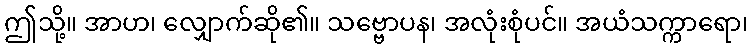
ဤသို့။ အာဟ၊ လျှောက်ဆို၏။ သဗ္ဗောပန၊ အလုံးစုံပင်။ အယံသက္ကာရော၊